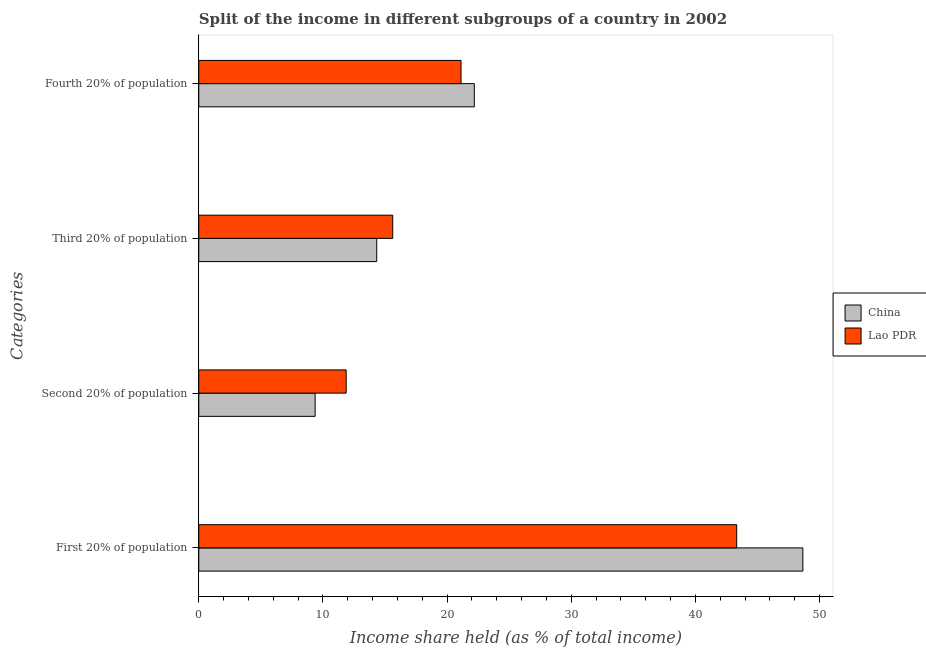
| Categories | China | Lao PDR |
 | --- | --- | --- |
 | First 20% of population | 48.6 | 43.3 |
 | Second 20% of population | 9.37 | 11.9 |
 | Third 20% of population | 14.3 | 15.6 |
 | Fourth 20% of population | 22.2 | 21.1 |